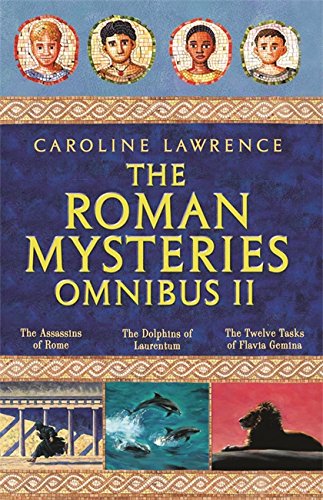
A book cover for Roman Mysteries Omnibus II (The Roman Mysteries) (v. 2, Bk. 4, 5 & 6); Caroline Lawrence; Teen & Young Adult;